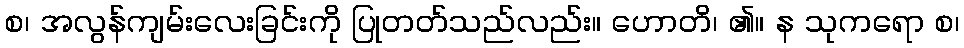
စ၊ အလွန်ကျမ်းလေးခြင်းကို ပြုတတ်သည်လည်း။ ဟောတိ၊ ၏။ န သုကရော စ၊